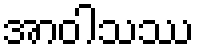
အာဝါသဿ